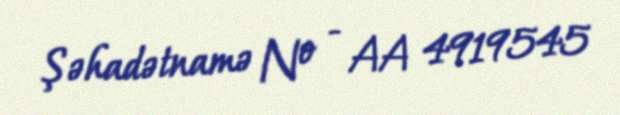
Şəhadətnamə № - AA 4919545